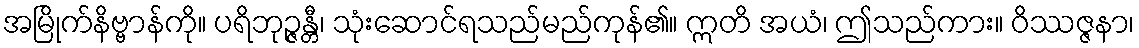
အမြိုက်နိဗ္ဗာန်ကို။ ပရိဘုဉ္ဇန္တီ၊ သုံးဆောင်ရသည်မည်ကုန်၏။ ဣတိ အယံ၊ ဤသည်ကား။ ဝိဿဇ္ဇနာ၊